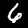
Digit: 6